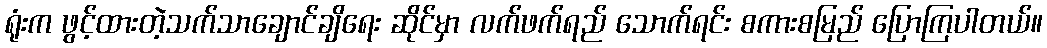
ရုံးက ဖွင့်ထားတဲ့သက်သာချောင်ချိရေး ဆိုင်မှာ လက်ဖက်ရည် သောက်ရင်း စကားစမြည် ပြောကြပါတယ်။